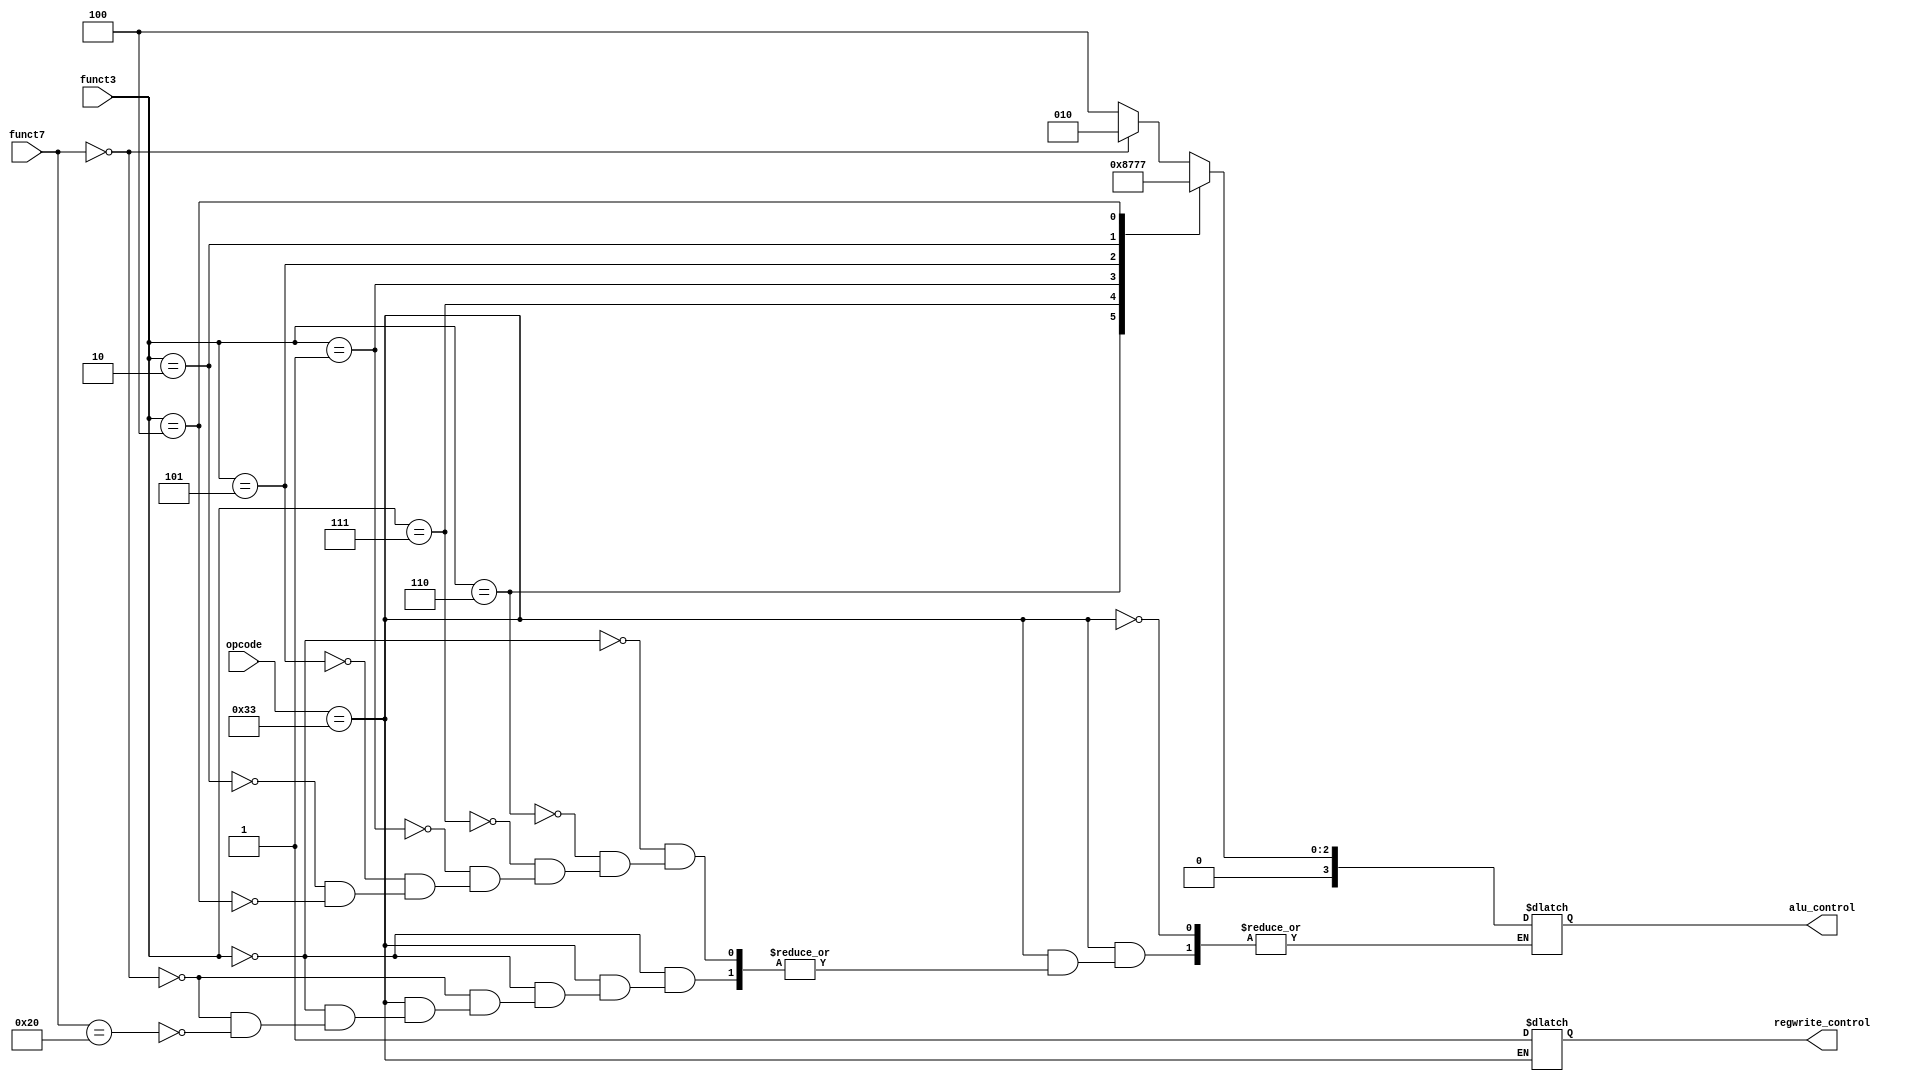
/* 
Control unit controls takes opcode, funct7, funct3 of the instruction code to determine
and control regwrite in IFU, alu control in ALU to execute proper instruction
*/
module CONTROL(
    input [6:0] funct7,
    input [2:0] funct3,
    input [6:0] opcode,
    output reg [3:0] alu_control,
    output reg regwrite_control
);
    always @(funct3 or funct7 or opcode)
    begin
        if (opcode == 7'b0110011) begin // R-type instructions

            regwrite_control = 1;

            case (funct3)
                0: begin
                    if(funct7 == 0)
                    alu_control = 4'b0010; // ADD
                    else if(funct7 == 32)
                    alu_control = 4'b0100; // SUB
                end
                6: alu_control = 4'b0001; // OR
                7: alu_control = 4'b0000; // AND
                1: alu_control = 4'b0011; // SLL
                5: alu_control = 4'b0101; // SRL
				2: alu_control = 4'b0110; // MUL
				4: alu_control = 4'b0111; // XOR
            endcase

      end

    end

endmodule